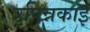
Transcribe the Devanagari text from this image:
उपिन्नकाई